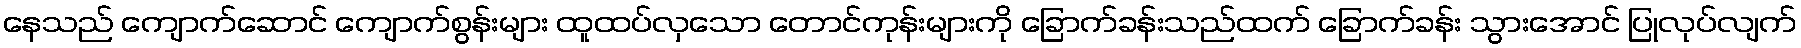
နေသည် ကျောက်ဆောင် ကျောက်စွန်းများ ထူထပ်လှသော တောင်ကုန်းများကို ခြောက်ခန်းသည်ထက် ခြောက်ခန်း သွားအောင် ပြုလုပ်လျက်